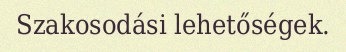
Szakosodási lehetőségek.